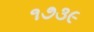
૧૭૩૯